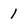
Character: 1